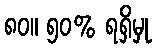
၈၀။ ၅၀% ရရှိမှု